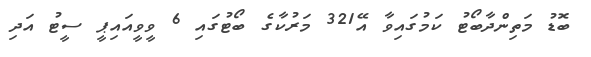
ބޮޑު މަތިންދާބޯޓު ކަމުގައިވާ އޭ321 މަރުކާގެ ބޯޓުގައި 6 ވީވީއައިޕީ ސީޓު އަދި